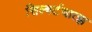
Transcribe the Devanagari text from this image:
सिल्बर्टचात्झ